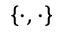
\{ \cdot , \cdot \}